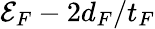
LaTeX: {\cal E}_{F}-2d_{F}/t_{F}